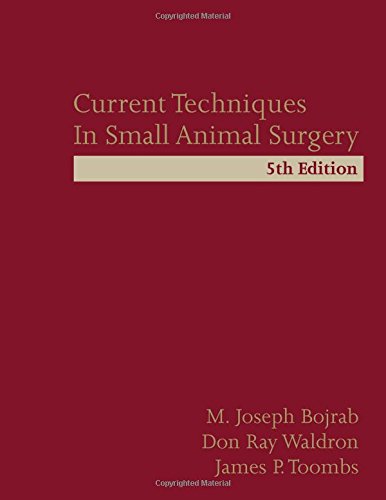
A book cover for Current Techniques in Small Animal Surgery, Fifth Edition; M. Joseph Bojrab; Medical Books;